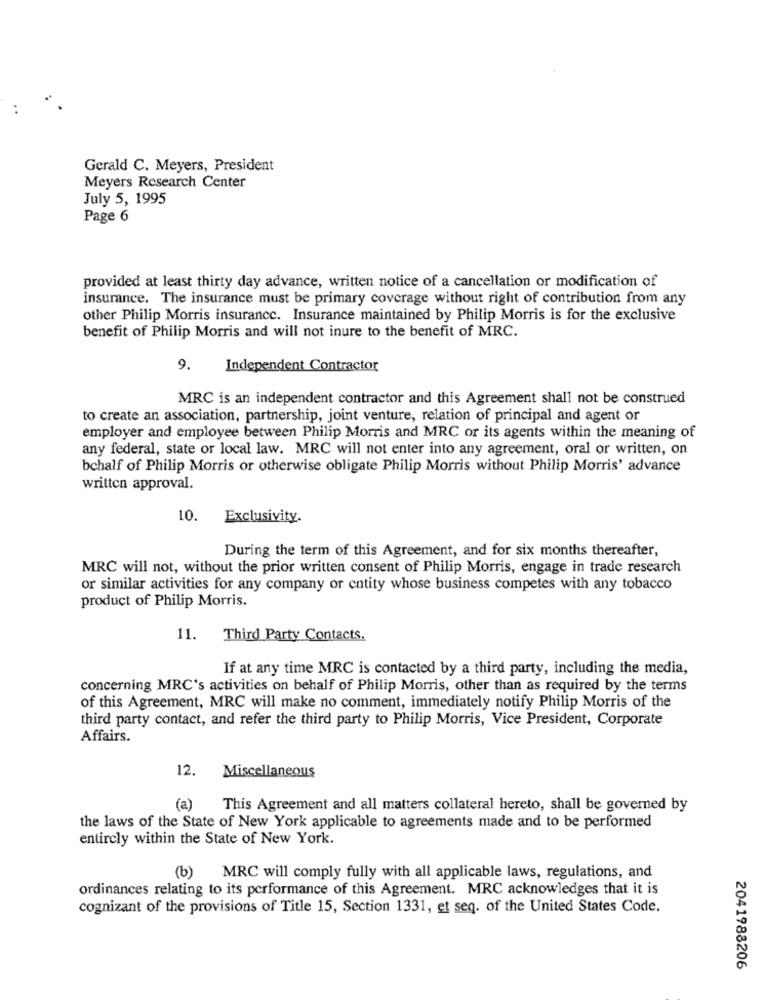
Gerald C. Meyers, President
Meyers Research Center
July 5, 1995
Page 6
provided at least thirty day advance, written notice of a cancellation or modification of
insurance. The insurance must be primary coverage without right of contribution from any
other Philip Morris insurance. Insurance maintained by Philip Morris is for the exclusive
benefit of Philip Morris and will not inure to the benefit of MRC.
9.
Independent Contractor
MRC is an independent contractor and this Agreement shall not be construed
to create an association, partnership, joint venture, relation of principal and agent or
employer and employee between Philip Morris and MRC or its agents within the meaning of
any federal, state or local law. MRC will not enter into any agreement, oral or written, on
bchalf of Philip Morris or otherwise obligate Philip Morris without Philip Morris' advance
written approval.
10.
Exclusivity.
During the term of this Agreement, and for six months thereafter,
MRC will not, without the prior written consent of Philip Morris, engage in trade research
or similar activities for any company or entity whose business competes with any tobacco
product of Philip Morris.
11. Third Party Contacts.
If at any time MRC is contacted by a third party, including the media,
concerning MRC's activities on behalf of Philip Morris, other than as required by the terms
of this Agreement, MRC will make no comment, immediately notify Philip Morris of the
third party contact, and refer the third party to Philip Morris, Vice President, Corporate
Affairs.
12.
Miscellaneous
(a)
This Agreement and all matters collateral hereto, shall be governed by
the laws of the State of New York applicable to agreements made and to be performed
entirely within the State of New York.
(b) MRC will comply fully with all applicable laws, regulations, and
ordinances relating to its performance of this Agreement. MRC acknowledges that it is
cognizant of the provisions of Title 15, Section 1331, et seq. of the United States Code.
2041988206